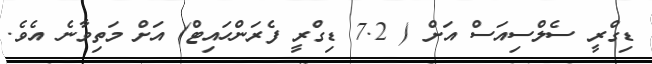
ޑިގްރީ ސެލްސިއަސް އަށް ( 7.2 ޑިގްރީ ފެރަންހައިޓް) އަށް މަތިވާނެ އެވެ.